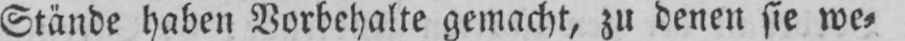
Stände haben Vorbehalte gemacht, zu denen sie we⸗